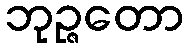
ဘုဉ္ဇတော